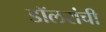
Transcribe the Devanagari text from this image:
डॉलरांची